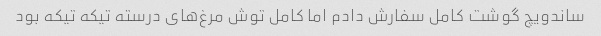
ساندویچ گوشت کامل سفارش دادم اما کامل توش مرغ‌های درسته تیکه تیکه بود